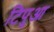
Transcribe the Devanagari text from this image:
टिपुआ